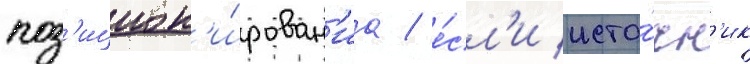
поз'ицион'и́рован'иа / е́сл'и исто́чн'ик